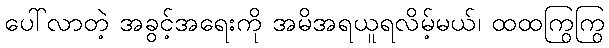
ပေါ်လာတဲ့ အခွင့်အရေးကို အမိအရယူရလိမ့်မယ်၊ ထထကြွကြွ